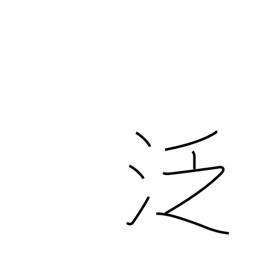
Meaning: careless